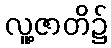
လူ့ဇာတိ၌